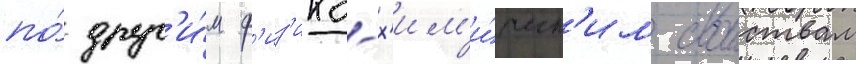
по́ друг'и́м ф'из'ико-х'им'и́ческ'им своиствам